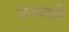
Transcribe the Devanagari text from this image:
जज्बातो